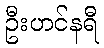
ဦးဟင်နရီ